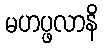
မဟပ္ဖလာနိ